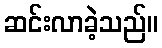
ဆင်းလာခဲ့သည်။